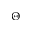
\Theta